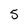
Character: 5